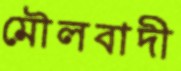
মৌলবাদী